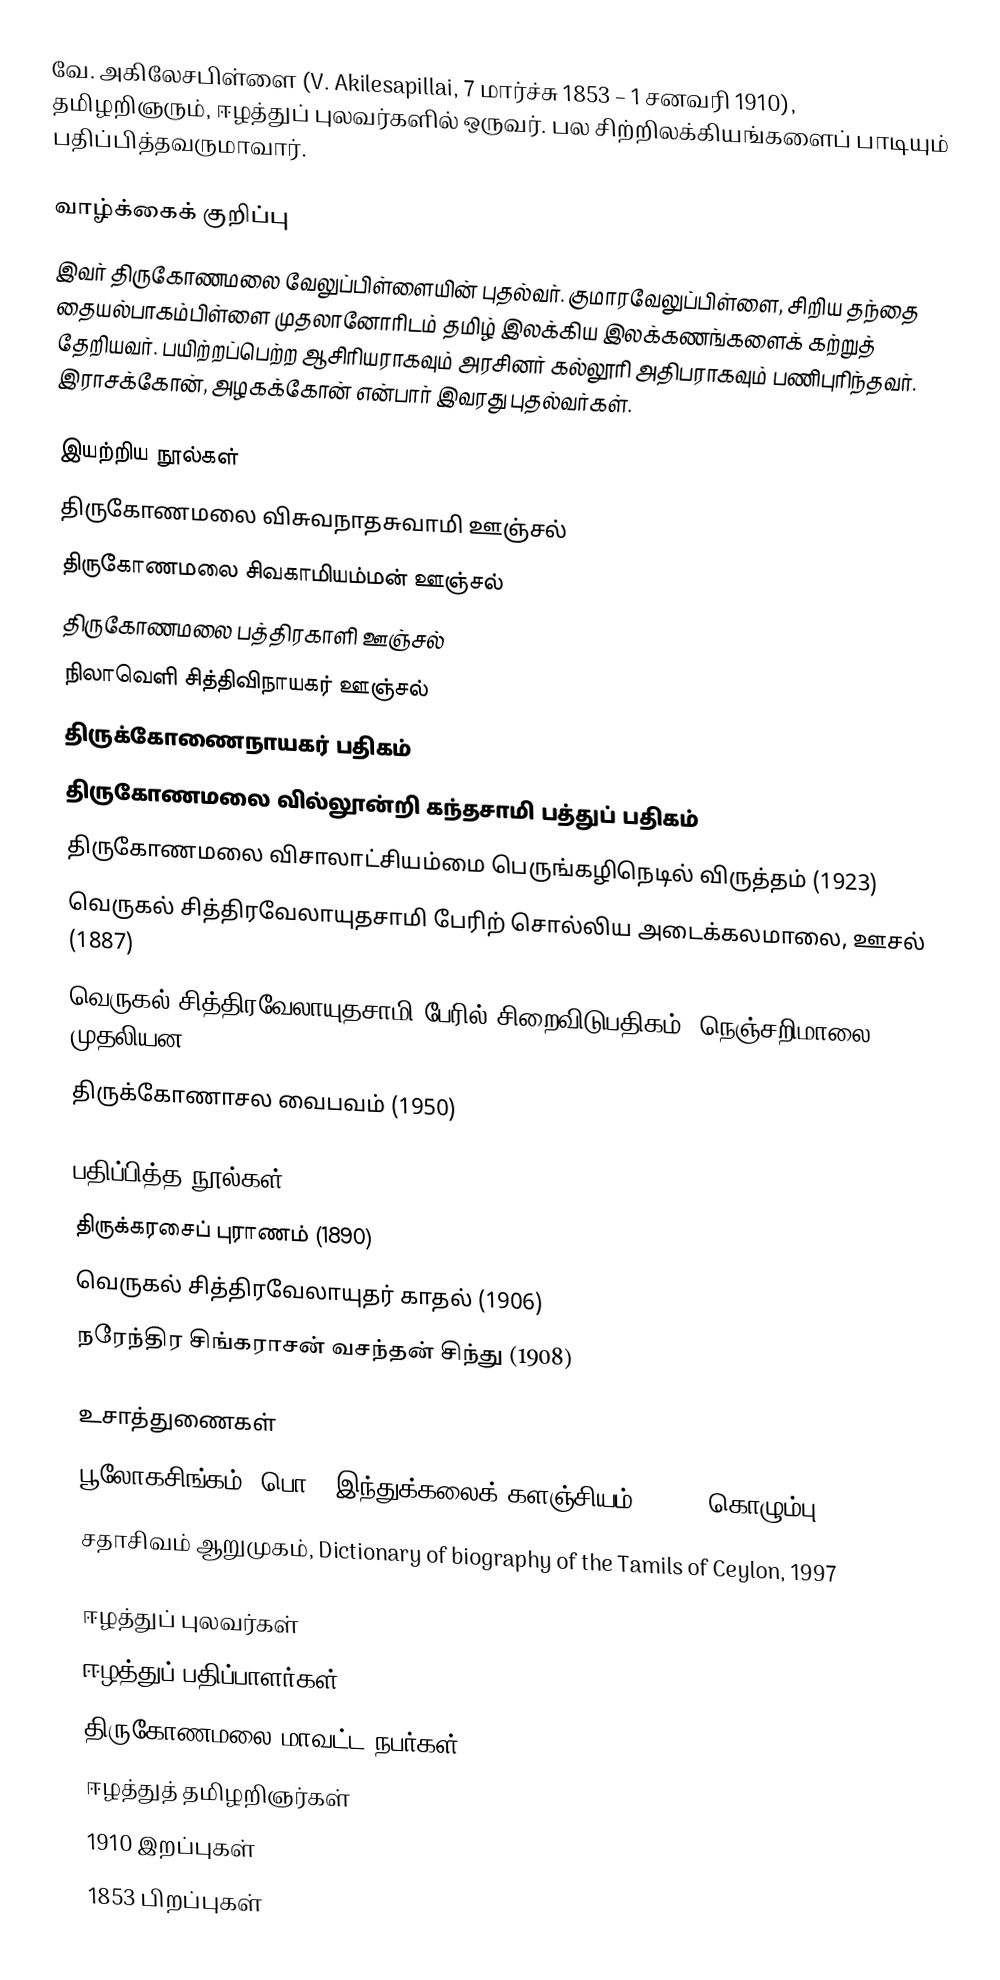
வே. அகிலேசபிள்ளை (V. Akilesapillai, 7 மார்ச்சு 1853 – 1 சனவரி 1910), தமிழறிஞரும், ஈழத்துப் புலவர்களில் ஒருவர். பல சிற்றிலக்கியங்களைப் பாடியும் பதிப்பித்தவருமாவார்.

வாழ்க்கைக் குறிப்பு
இவர் திருகோணமலை வேலுப்பிள்ளையின் புதல்வர். குமாரவேலுப்பிள்ளை, சிறிய தந்தை தையல்பாகம்பிள்ளை முதலானோரிடம் தமிழ் இலக்கிய இலக்கணங்களைக் கற்றுத் தேறியவர். பயிற்றப்பெற்ற ஆசிரியராகவும் அரசினர் கல்லூரி அதிபராகவும் பணிபுரிந்தவர். இராசக்கோன், அழகக்கோன் என்பார் இவரது புதல்வர்கள்.

இயற்றிய நூல்கள்
 திருகோணமலை விசுவநாதசுவாமி ஊஞ்சல்
 திருகோணமலை சிவகாமியம்மன் ஊஞ்சல்
 திருகோணமலை பத்திரகாளி ஊஞ்சல்
 நிலாவெளி சித்திவிநாயகர் ஊஞ்சல்
 திருக்கோணைநாயகர் பதிகம்
 திருகோணமலை வில்லூன்றி கந்தசாமி பத்துப் பதிகம்
 திருகோணமலை விசாலாட்சியம்மை பெருங்கழிநெடில் விருத்தம் (1923)
 வெருகல் சித்திரவேலாயுதசாமி பேரிற் சொல்லிய அடைக்கலமாலை, ஊசல் (1887)
 வெருகல் சித்திரவேலாயுதசாமி பேரில் சிறைவிடுபதிகம், நெஞ்சறிமாலை முதலியன.
 திருக்கோணாசல வைபவம் (1950)

பதிப்பித்த நூல்கள்
 திருக்கரசைப் புராணம் (1890)
 வெருகல் சித்திரவேலாயுதர் காதல் (1906)
 நரேந்திர சிங்கராசன் வசந்தன் சிந்து (1908)

உசாத்துணைகள்
 பூலோகசிங்கம், பொ., இந்துக்கலைக் களஞ்சியம், 1990, கொழும்பு
 சதாசிவம் ஆறுமுகம், Dictionary of biography of the Tamils of Ceylon, 1997

ஈழத்துப் புலவர்கள்
ஈழத்துப் பதிப்பாளர்கள்
திருகோணமலை மாவட்ட நபர்கள்
ஈழத்துத் தமிழறிஞர்கள்
1910 இறப்புகள்
1853 பிறப்புகள்